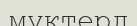
мүктерд